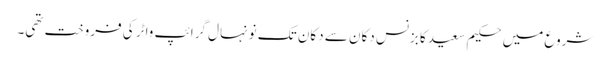
شروع میں حکیم سعید کا بزنس دکان سے دکان تک نونہال گرائپ واٹر کی فروخت تھی۔